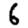
Digit: 6